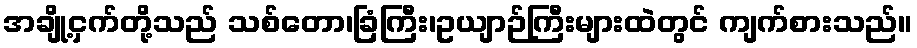
အချို့ငှက်တို့သည် သစ်တော၊ခြံကြီး၊ဥယျာဉ်ကြီးများထဲတွင် ကျက်စားသည်။